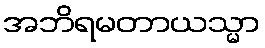
အဘိရမတာယသ္မာ